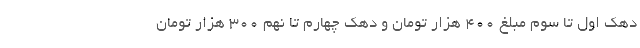
دهک اول تا سوم مبلغ ۴۰۰ هزار تومان و دهک چهارم تا نهم ۳۰۰ هزار تومان